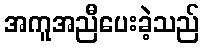
အကူအညီပေးခဲ့သည်